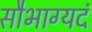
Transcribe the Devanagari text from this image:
सौभाग्यदं